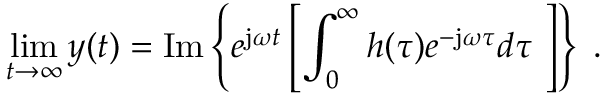
\operatorname* { l i m } _ { t \to \infty } y ( t ) = \mathrm { I m } \left\{ e ^ { \mathrm { j } \omega t } \left[ \int _ { 0 } ^ { \infty } h ( \tau ) e ^ { - \mathrm { j } \omega \tau } d \tau \ \right] \right\} \; .